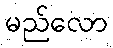
မည်လော